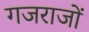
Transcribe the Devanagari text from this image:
गजराजों